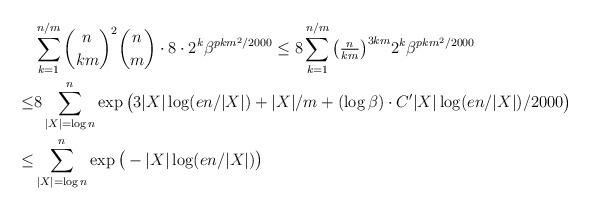
LaTeX: \begin{align*} &\sum_{k=1}^{n/m}\binom{n}{km}^2\binom{n}{m}\cdot 8\cdot 2^k\beta^{pkm^2/2000}\le 8 \sum_{k=1}^{n/m}\big(\tfrac{n}{km}\big)^{3km} 2^k\beta^{pkm^2/2000}\\ \le &8\sum_{|X|=\log n}^{n} \exp\big(3|X|\log(en/|X|)+|X|/m+(\log\beta)\cdot C'|X|\log(en/|X|)/2000\big)\\ \le & \sum_{|X|=\log n}^{n}\exp\big(-|X|\log(en/|X|)\big) \end{align*}